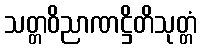
သတ္တဝိညာဏဋ္ဌိတိသုတ္တံ